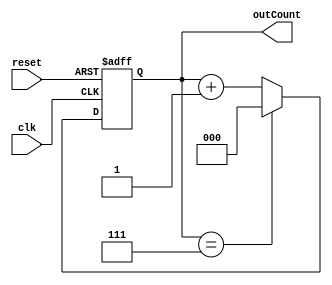
`timescale 1ns / 1ps
//////////////////////////////////////////////////////////////////////////////////
// Company: 
// Engineer: 
// 
// Design Name: 
// Module Name: count2
// Project Name: 
// Target Devices: 
// Tool Versions: 
// Description: 
// 
// Dependencies: 
// 
// Revision:
// Revision 0.01 - File Created
// Additional Comments:
// 
//////////////////////////////////////////////////////////////////////////////////


module count2(
    input clk,
    input reset,
    output reg [2:0] outCount
    );
    
    always @(posedge clk, posedge reset) begin
        if (reset)
            outCount <= 3'b000;
        else if (outCount == 3'b111)
            outCount <=  2'b00;
        else 
            outCount <= outCount + 1;
    end
            
endmodule